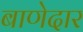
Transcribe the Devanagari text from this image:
बाणेदार